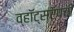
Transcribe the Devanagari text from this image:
व्हॉट्सऍपची